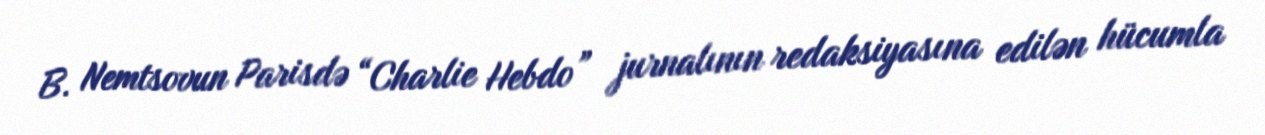
B. Nemtsovun Parisdə “Charlie Hebdo” jurnalının redaksiyasına edilən hücumla